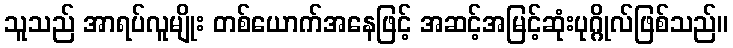
သူသည် အာရပ်လူမျိုး တစ်ယောက်အနေဖြင့် အဆင့်အမြင့်ဆုံးပုဂ္ဂိုလ်ဖြစ်သည်။